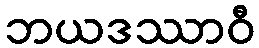
ဘယဒဿာဝီ